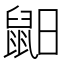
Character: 𪕈